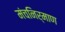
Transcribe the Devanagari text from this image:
मंचनिर्माण